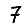
Digit: 7